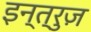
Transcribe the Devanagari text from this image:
इन्त्रुज़